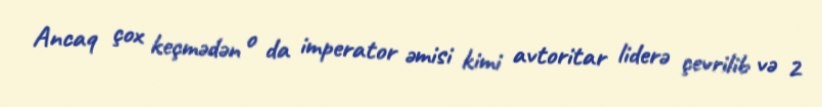
Ancaq çox keçmədən o da imperator əmisi kimi avtoritar liderə çevrilib və 2